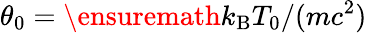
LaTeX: \theta_{0}=\ensuremath{k_{\mathrm{B}}}T_{0}/(mc^{2})